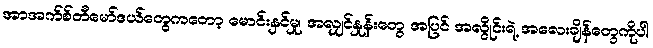
အာအက်စ်တီမော်ဒယ်တွေကတော့ မောင်းနှင်မှု၊ အလျှင်နှုန်းတွေ အပြင် အလွိုင်းရဲ့ အလေးချိန်တွေကိုပါ